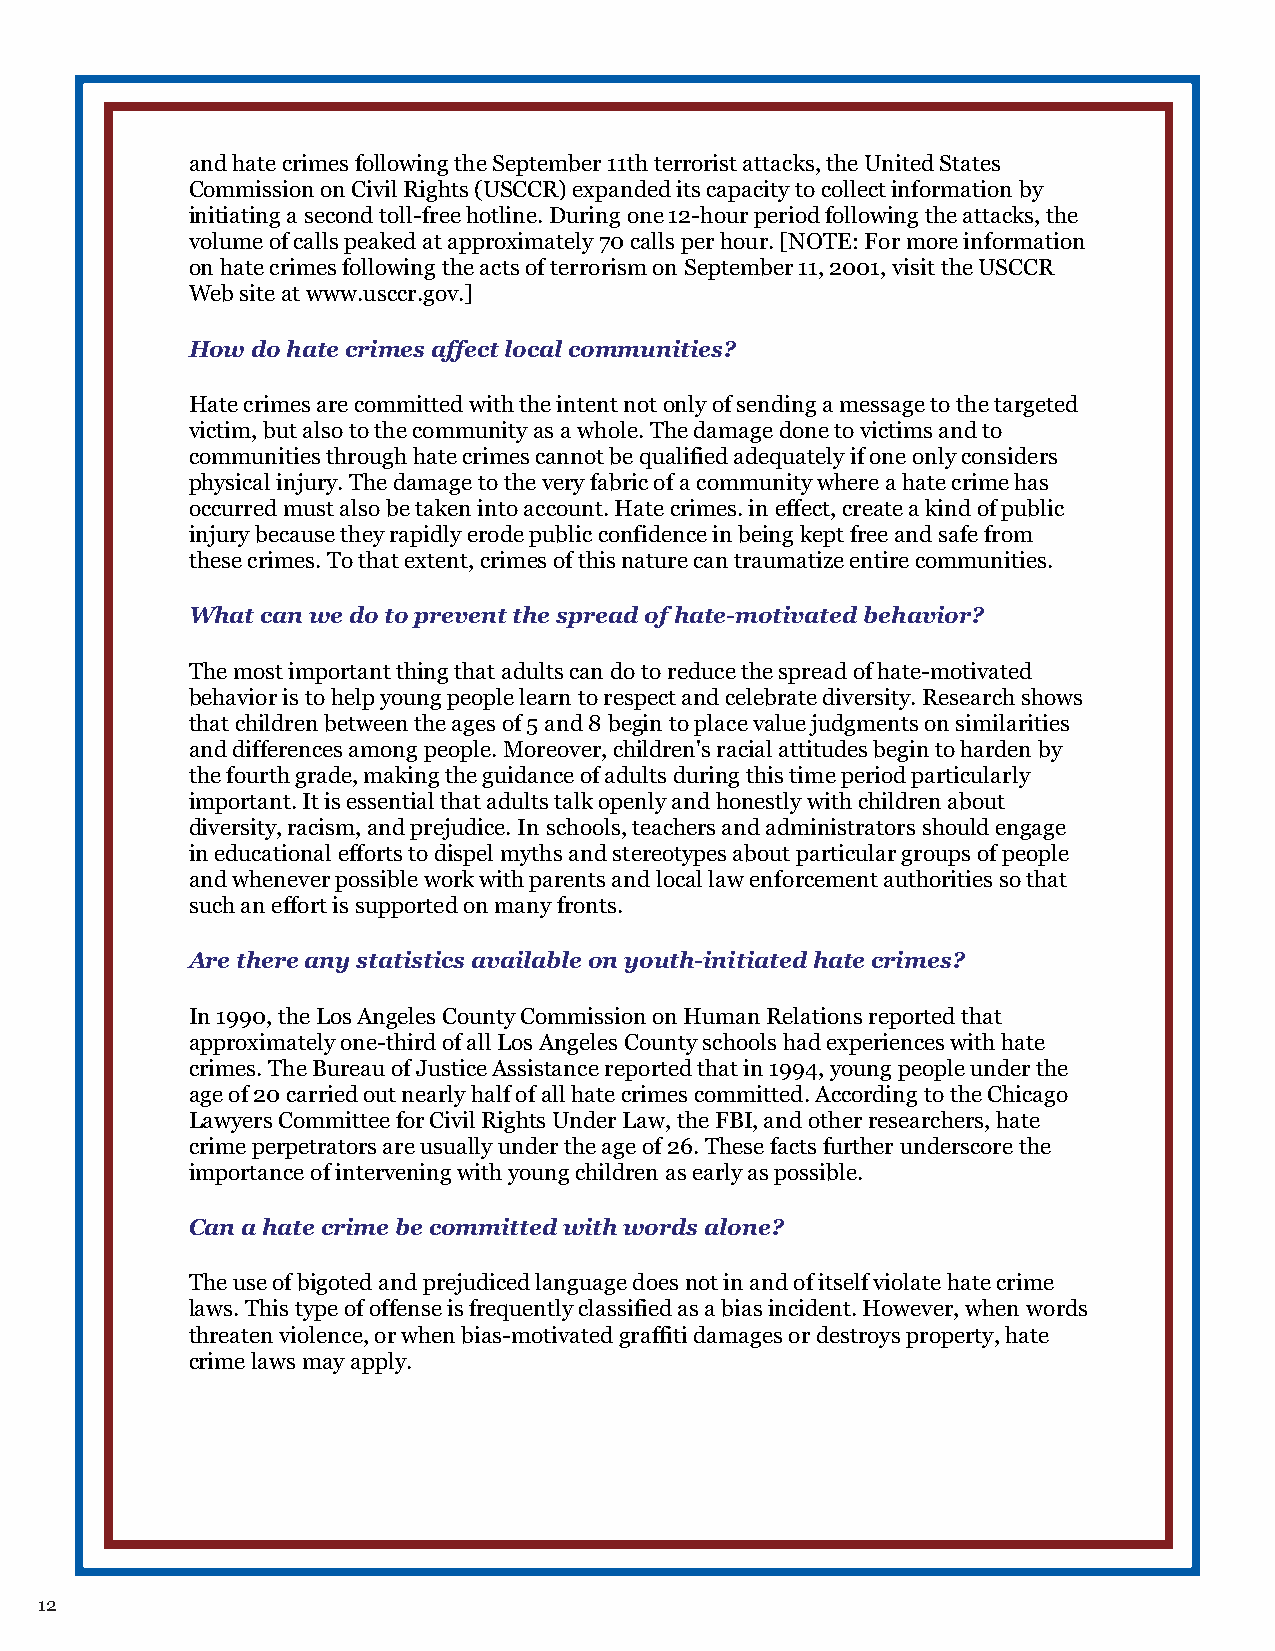
and hate crimes following the September 11th terrorist attacks, the United States
 Commission on Civil Rights (USCCR) expanded its capacity to collect information by
 initiating a second toll-free hotline. During one 12-hour period following the attacks, the
 volume of calls peaked at approximately 70 calls per hour. [NOTE: For more information
 on hate crimes following the acts of terrorism on September 11, 2001, visit the USCCR
 Web site at www.usccr.gov.]
 How  do hate crimes affect local communities?
 Hate crimes are committed with the intent not only of sending a message to the targeted
 victim, but also to the community as a whole. The damage done to victims and to
 communities through hate crimes cannot be qualified adequately if one only considers
 physical injury. The damage to the very fabric of a community where a hate crime has
 occurred must also be taken into account. Hate crimes. in effect, create a kind of public
 injury because they rapidly erode public confidence in being kept free and safe from
 these crimes. To that extent, crimes of this nature can traumatize entire communities.
 What can we do to prevent the spread of hate-motivated behavior?
 The most important thing that adults can do to reduce the spread of hate-motivated
 behavior is to help young people learn to respect and celebrate diversity. Research shows
 that children between the ages of 5 and 8 begin to place value judgments on similarities
 and differences among people. Moreover, children's racial attitudes begin to harden by
 the fourth grade, making the guidance of adults during this time period particularly
 important. It is essential that adults talk openly and honestly with children about
 diversity, racism, and prejudice. In schools, teachers and administrators should engage
 in educational efforts to dispel myths and stereotypes about particular groups of people
 and whenever possible work with parents and local law enforcement authorities so that
 such an effort is supported on many fronts.
 Are there any statistics available on youth-initiated hate crimes?
 In 1990, the Los Angeles County Commission on Human Relations reported that
 approximately one-third of all Los Angeles County schools had experiences with hate
 crimes. The Bureau of Justice Assistance reported that in 1994, young people under the
 age of 20 carried out nearly half of all hate crimes committed. According to the Chicago
 Lawyers Committee for Civil Rights Under Law, the FBI, and other researchers, hate
 crime perpetrators are usually under the age of 26. These facts further underscore the
 importance of intervening with young children as early as possible.
 Can a hate crime be committed with words alone?
 The use of bigoted and prejudiced language does not in and of itself violate hate crime
 laws. This type of offense is frequently classified as a bias incident. However, when words
 threaten violence, or when bias-motivated graffiti damages or destroys property, hate
 crime laws may apply.
 12